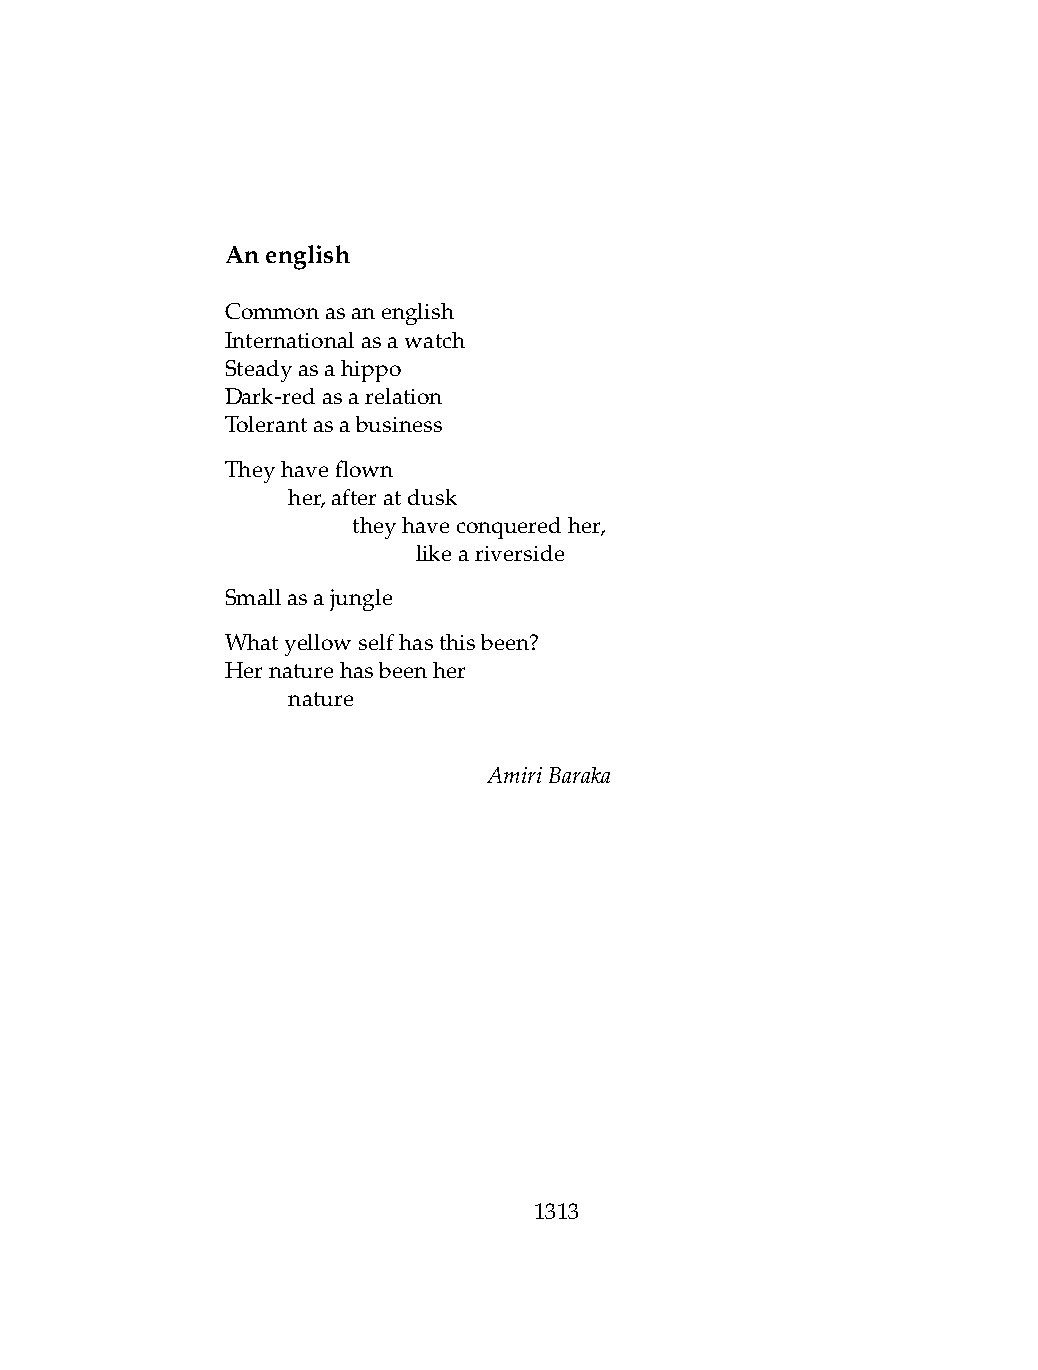
Anenglish
 Commonasanenglish
 Internationalasawatch
 Steadyasahippo
 Dark-redasarelation
 Tolerantasabusiness
 Theyhaveflown
 .   her,afteratdusk
 .   .   theyhaveconqueredher,
 .   .   .    likeariverside
 Smallasajungle
 Whatyellowselfhasthisbeen?
 Hernaturehasbeenher
 .   nature
 AmiriBaraka
 1313